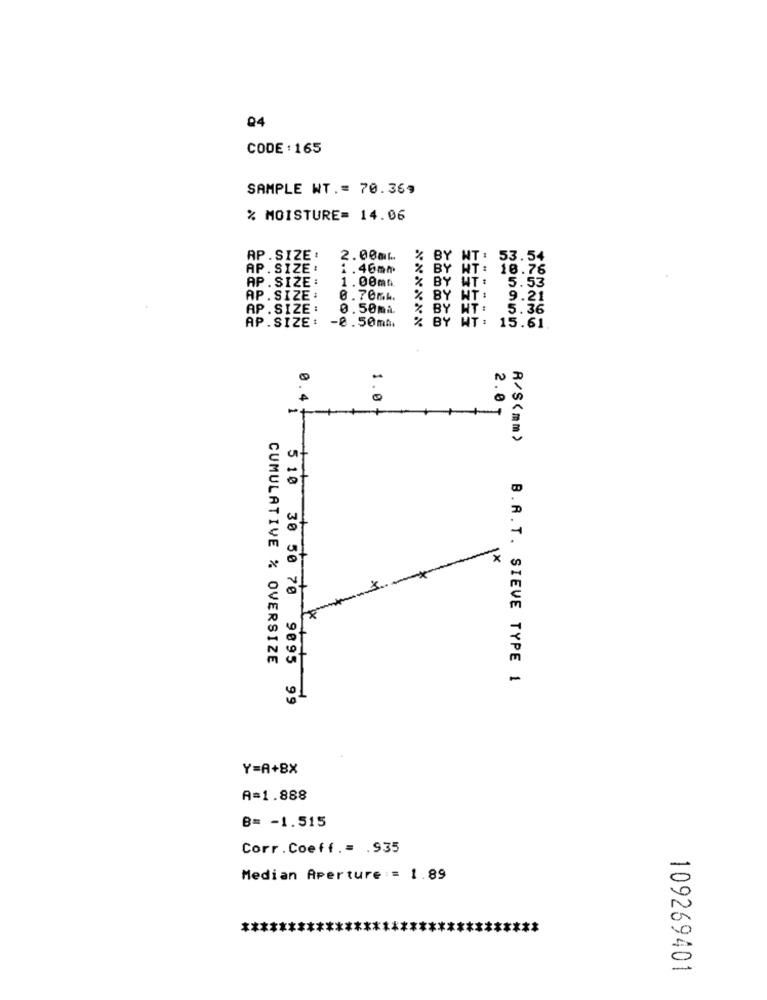
CODE : 165
SAMPLE WT .= 70.369
% MOISTURE= 14.06
AP.SIZE :
2.00ml ..
% BY
NT: 53.54
AP. SIZE:
1.40mm
% BY HT: 10.76
AP . SIZE :
1.00mm
% BY WT: 5.53
AP.SIZE :
0.70mk.
% BY NT: 9.21
AP.SIZE :
0.50ma.
% BY NT: 5.36
AP.SIZE: - 0.50mA.
% BY WT: 15.61
0.4
1.0
2.0
w
1X
-X
10
CUMULATIVE % OVERSIZE
11
R/S(mm) B.A.T. SIEVE TYPE 1
5 10 30 50 70 9895 99
Y=A+8X
A=1.888
B= - 1.515
Corr . Coeff .= . 935
-
Median Aperture := 1.89
-
109269401